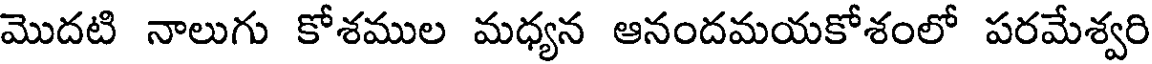
మొదటి నాలుగు కోశముల మధ్యన ఆనందమయకోశంలో పరమేశ్వరి